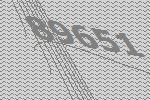
89651